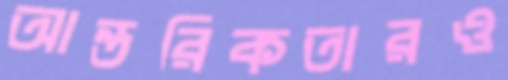
আন্তরিকতারও